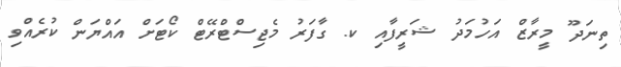
ތިނަދޫ މީރާޒް އަހުމަދު ޝަރީފާއި ކ. ގާފަރު މެޖިސްޓްރޭޓް ކޯޓަށް އައްޔަން ކުރެއްވި